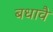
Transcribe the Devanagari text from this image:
बधावै